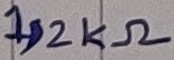
Text: 1,2KΩ